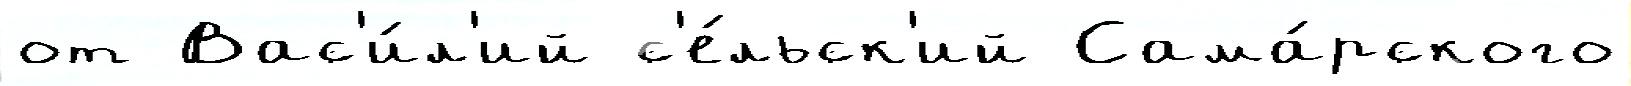
от Вас'и́л'ий с'е́льск'ий Сама́рского